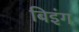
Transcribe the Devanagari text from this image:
बिइंग